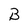
Character: B